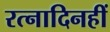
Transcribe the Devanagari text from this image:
रत्नादिनहीं